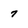
Character: 7